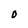
Character: 0